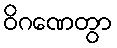
ဝိဂဏေတွာ